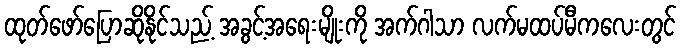
ထုတ်ဖော်ပြောဆိုနိုင်သည့် အခွင့်အရေးမျိုးကို အက်ဂါသာ လက်မထပ်မီကလေးတွင်